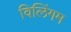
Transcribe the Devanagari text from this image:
विलिंगम